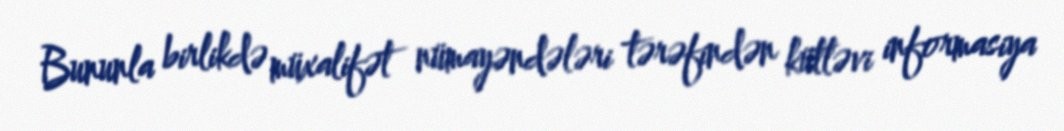
Bununla birlikdə müxalifət nümayəndələri tərəfindən kütləvi informasiya